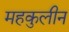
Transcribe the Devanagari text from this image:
महकुलीन